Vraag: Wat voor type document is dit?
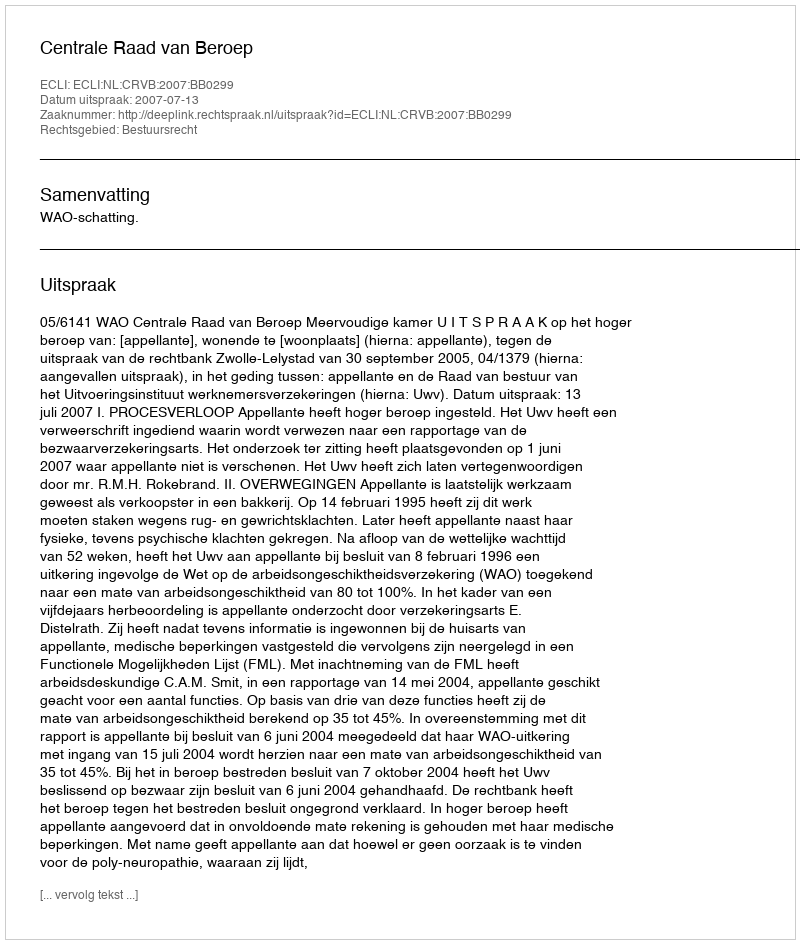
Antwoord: Uitspraak